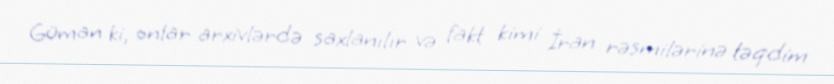
Güman ki, onlar arxivlərdə saxlanılır və fakt kimi İran rəsmilərinə təqdim